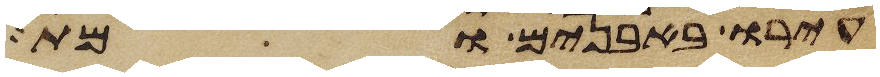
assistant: עירו באבנים ומת